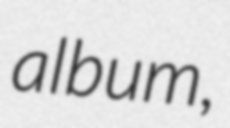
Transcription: album,